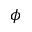
\phi